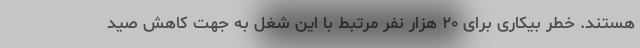
هستند. خطر بیکاری برای ۲۰ هزار نفر مرتبط با این شغل به جهت کاهش صید